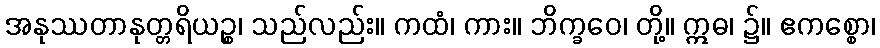
အနုဿတာနုတ္တရိယဉ္စ၊ သည်လည်း။ ကထံ၊ ကား။ ဘိက္ခဝေ၊ တို့။ ဣဓ၊ ၌။ ဧကစ္စော၊